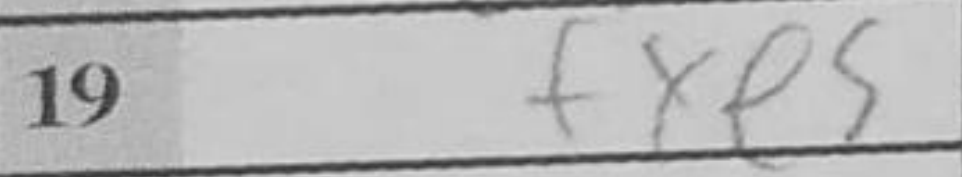
Transcription: fxe5